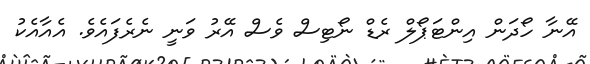
އޭނާ ހޯދަން އިންޓަޕޯލް ރެޑް ނޯޓިސް ވެސް އޭރު ވަނީ ނެރެފައެވެ. އެއާއެކު